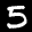
Label: 5